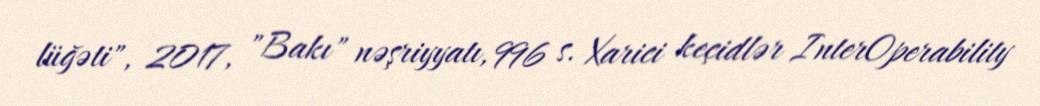
lüğəti", 2017, "Bakı" nəşriyyatı, 996 s. Xarici keçidlər InterOperability